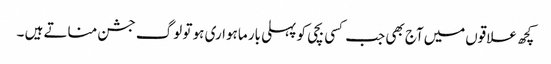
کچھ علاقوں‌میں‌آج بھی جب کسی بچی کو پہلی بار ماہواری ہو تو لوگ جشن مناتے ہیں ۔